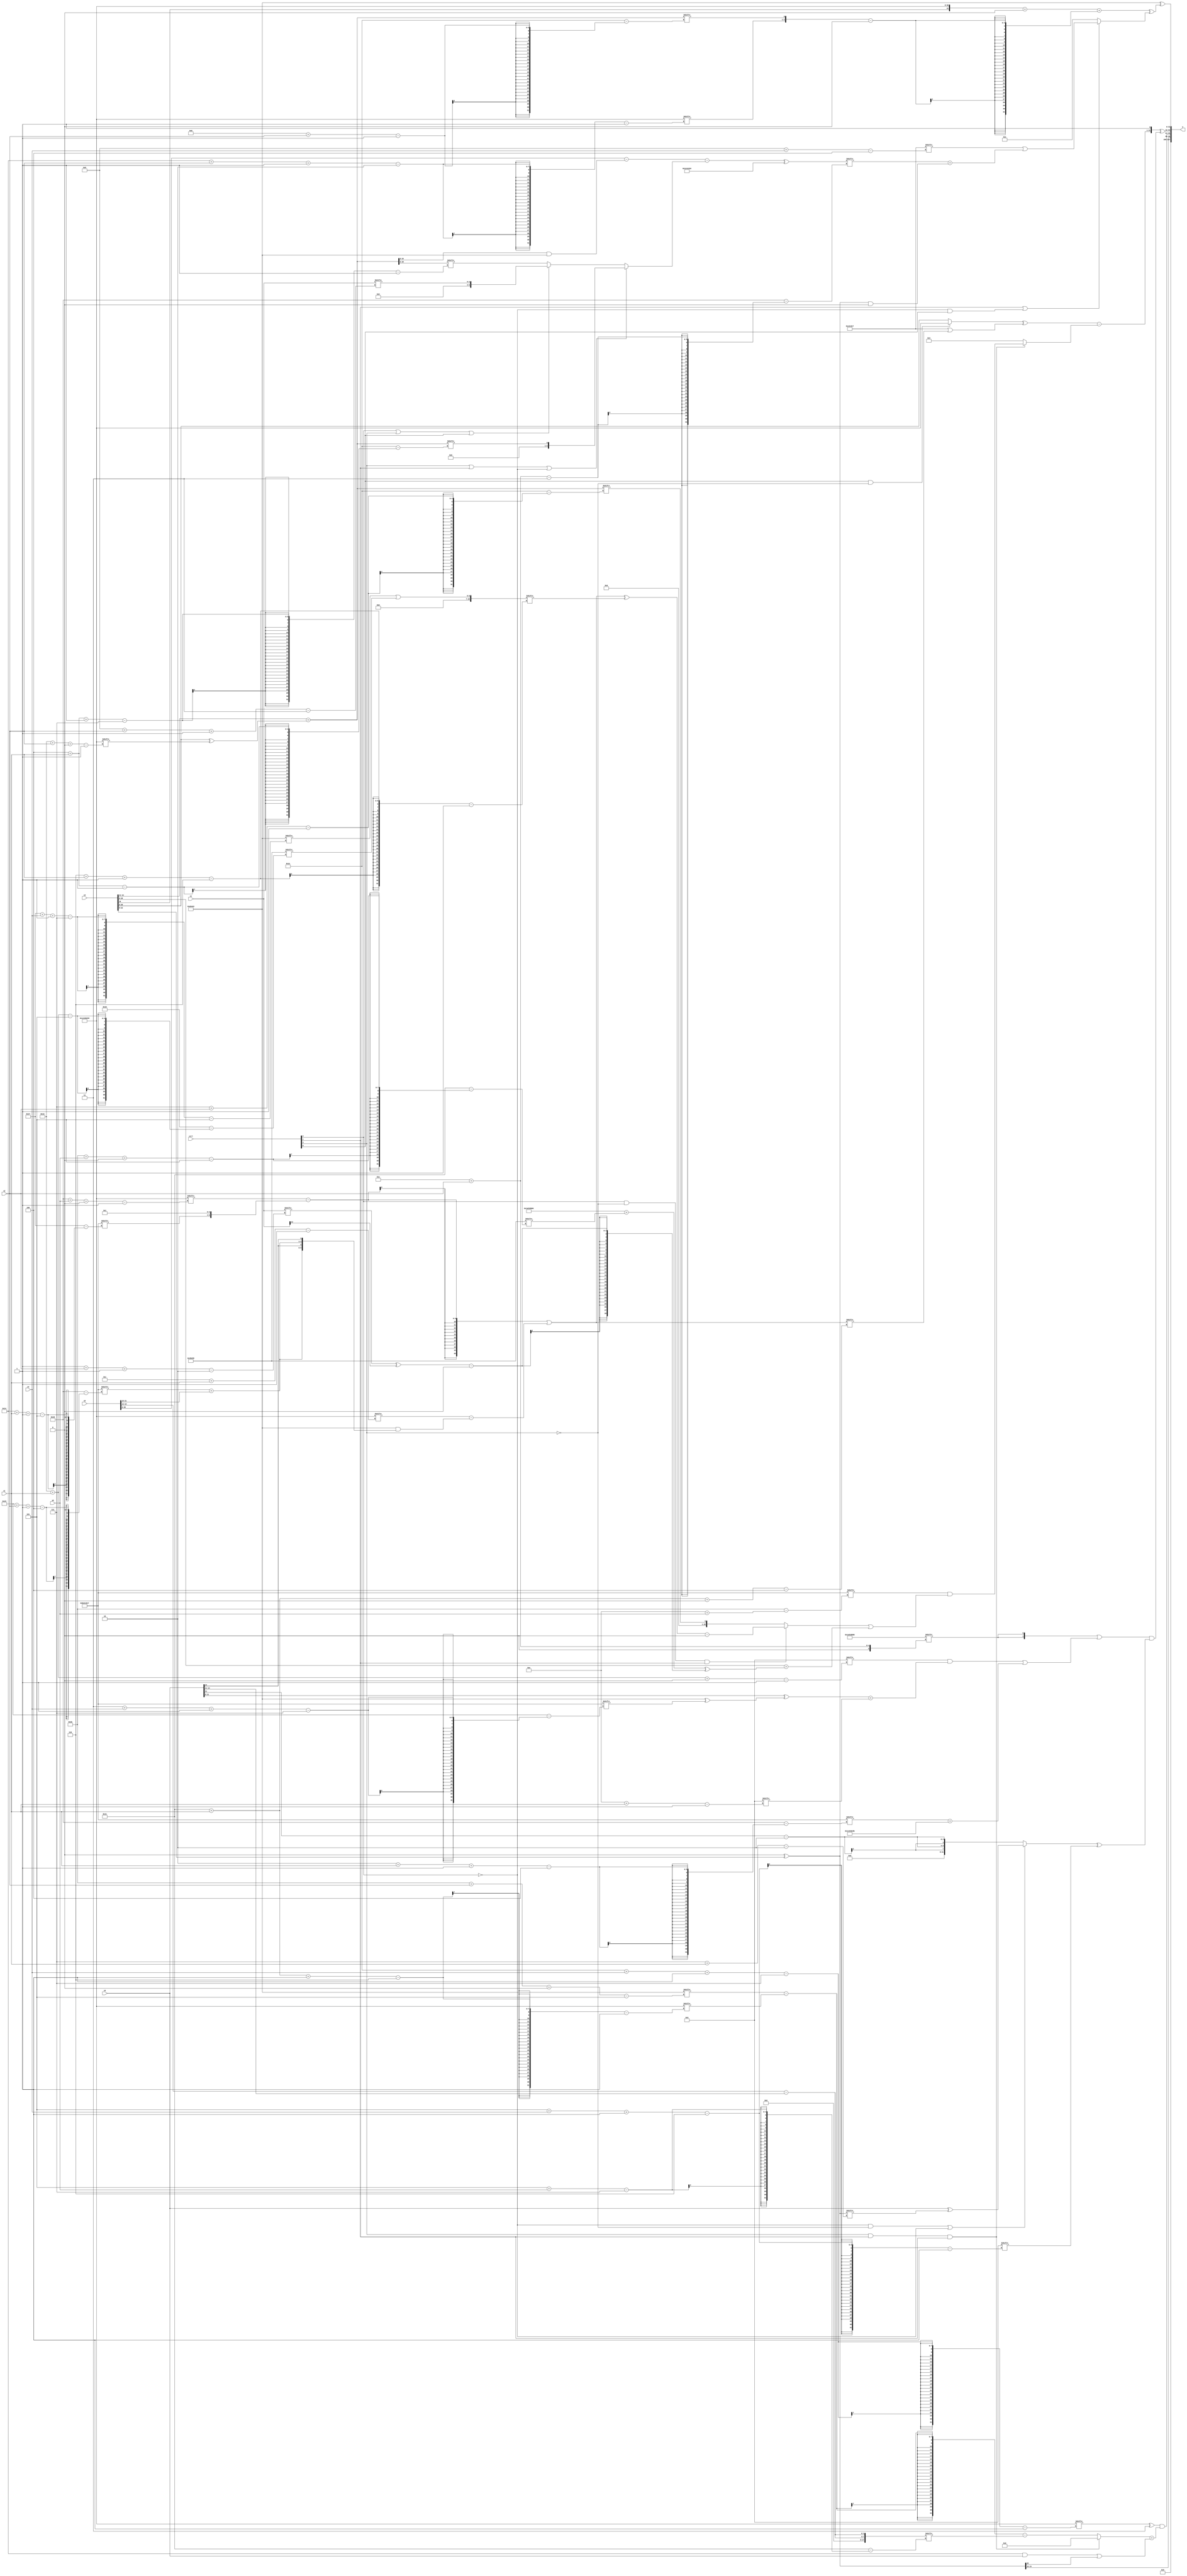
module partsel_00730(ctrl, s0, s1, s2, s3, x0, x1, x2, x3, y);
  input [3:0] ctrl;
  input [2:0] s0;
  input [2:0] s1;
  input [2:0] s2;
  input [2:0] s3;
  input signed [31:0] x0;
  input signed [31:0] x1;
  input [31:0] x2;
  input [31:0] x3;
  wire [1:31] x4;
  wire [26:6] x5;
  wire [5:27] x6;
  wire signed [7:24] x7;
  wire [30:1] x8;
  wire [24:4] x9;
  wire [3:27] x10;
  wire [24:1] x11;
  wire signed [27:4] x12;
  wire signed [24:2] x13;
  wire signed [26:1] x14;
  wire [28:0] x15;
  output [127:0] y;
  wire signed [31:0] y0;
  wire [31:0] y1;
  wire signed [31:0] y2;
  wire [31:0] y3;
  assign y = {y0,y1,y2,y3};
  localparam [31:1] p0 = 470060633;
  localparam [24:5] p1 = 74363971;
  localparam signed [0:27] p2 = 736411671;
  localparam [30:0] p3 = 441634918;
  assign x4 = (x3[14 -: 4] + (x3 ^ p0[18 + s2 +: 2]));
  assign x5 = x0;
  assign x6 = p0;
  assign x7 = {2{(x5[22 -: 4] - x2[14 -: 4])}};
  assign x8 = {2{x4}};
  assign x9 = ((p0[24 + s0 +: 2] - {p2[20 + s1 -: 5], p0[12 +: 4]}) | (p0[12 + s1] - (p1 & {2{{(p2[21 + s2 -: 4] + x0[21 -: 3]), x2[14]}}})));
  assign x10 = (((x5 - {{p1, p1[5 + s0]}, (x8 & p1)}) - (ctrl[3] || ctrl[1] || !ctrl[2] ? x4[4 + s1] : (ctrl[2] || ctrl[3] || ctrl[0] ? x1[9 + s2 -: 3] : x8[4 + s1 -: 7]))) ^ ({2{p2}} ^ p1[14 -: 4]));
  assign x11 = p2[13 -: 4];
  assign x12 = p2;
  assign x13 = (x11[19 +: 2] ^ x3);
  assign x14 = (p1[23 + s3 -: 7] | x6[18 + s1]);
  assign x15 = (p2[14 + s0] & ((ctrl[2] && !ctrl[3] && ctrl[1] ? {p2[14], ((x9 ^ x14[6 + s1 -: 6]) - p2[14 +: 1])} : {p2[18 +: 4], x4[7 + s2]}) | (x3 + ((p3 + x6[27 + s0 +: 6]) ^ ((x1[1 + s2 -: 2] ^ x1[12 +: 1]) - p3[18 -: 1])))));
  assign y0 = x13[12 +: 4];
  assign y1 = ((p0[30 + s3 -: 7] ^ p2[10 +: 4]) & ((ctrl[3] && ctrl[1] && ctrl[1] ? (ctrl[3] && !ctrl[2] && !ctrl[2] ? {2{p2[8 +: 1]}} : x14[17]) : ((p1[27 + s2 +: 7] - p0[17 + s1 -: 6]) - x7[5 + s0])) + (({p1[22 -: 4], x12[17]} & {p3, x2}) | x13[22 -: 1])));
  assign y2 = ({(((ctrl[0] && ctrl[0] && !ctrl[3] ? p0 : x3) ^ (x12 | x9[17 + s1 +: 2])) - (ctrl[3] && ctrl[1] && ctrl[1] ? x15 : (p3[17 -: 1] ^ p3[14 -: 2]))), p1[18]} ^ (({2{p3[10 + s2]}} | ((x11[18 + s1 +: 7] & ((x2[9 +: 3] ^ (p1 ^ p2[3 + s3 -: 7])) + x11[14 + s1])) | (p2[2 + s1 -: 4] + (p0 | p2[13 -: 2])))) & ((!ctrl[2] && !ctrl[3] || !ctrl[2] ? (x2 ^ x13[7 + s1]) : {2{(x2[11] - p3[19 -: 4])}}) ^ x11[5 + s3 -: 6])));
  assign y3 = (p1 ^ ((({x3[18 -: 3], p0} + x11[9]) + ({p0[20 + s2 -: 2], x4[8 + s2]} - p3[10])) ^ (ctrl[1] || !ctrl[2] && ctrl[0] ? (x12[9 + s3] | (x10[10 + s2] + (x13 & p2[20]))) : p3[17])));
endmodule